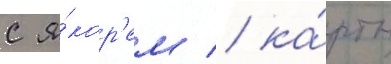
с я́кор'ем / ка́рты